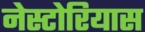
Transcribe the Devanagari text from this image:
नेस्टोरियास